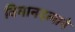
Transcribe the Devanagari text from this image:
विमानदलाने